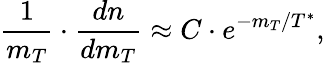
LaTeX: \frac{1}{m_{T}}\cdot\frac{dn}{dm_{T}}\approx C\cdot e^{-m_{T}/T^{*}},